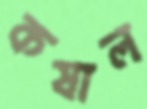
কষাল